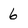
Character: 6